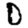
Digit: 0